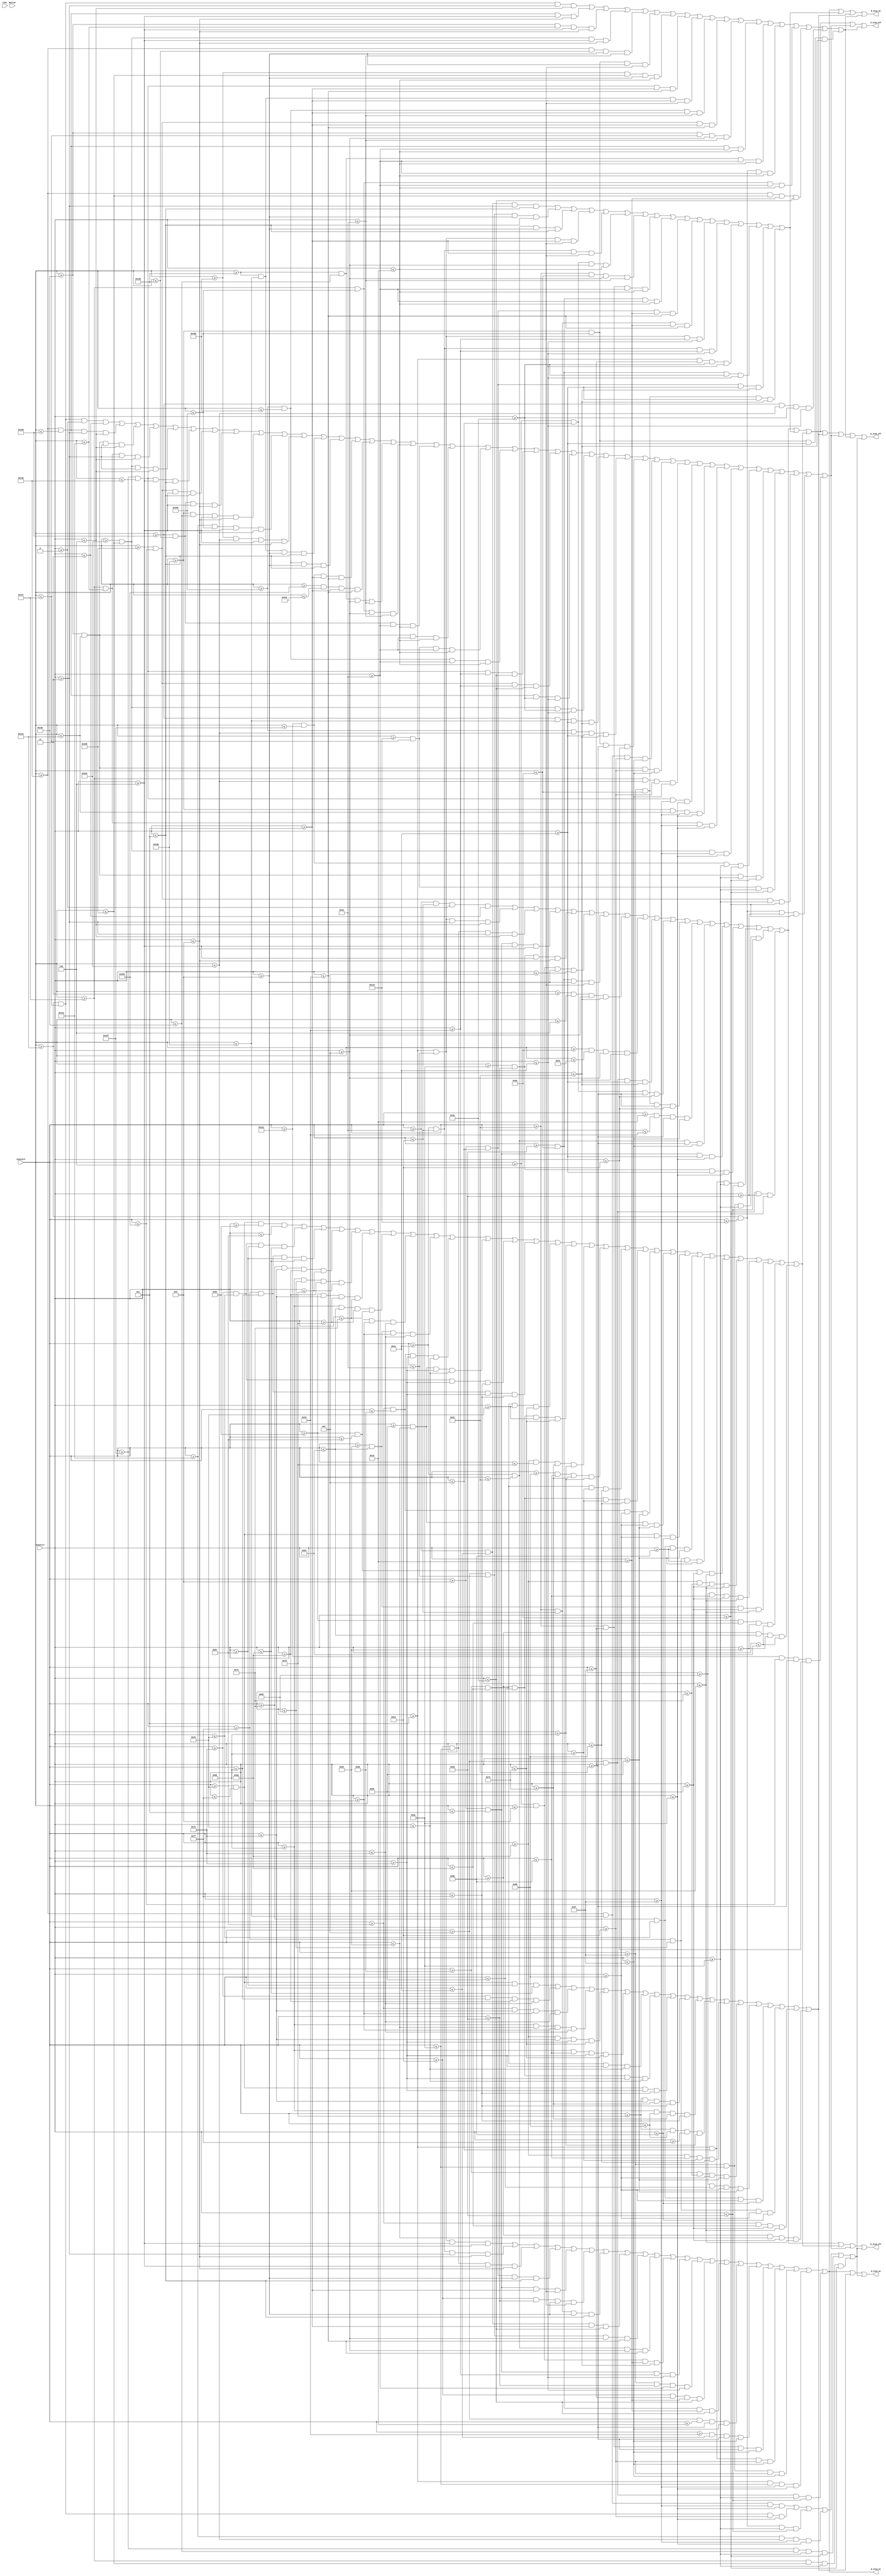
`timescale 1ns / 1ps
//////////////////////////////////////////////////////////////////////////////////
// Company: 
// Engineer: 
// 
// Design Name: 
// Module Name:    DrawItem 
// Project Name: 
// Target Devices: 
// Tool versions: 
// Description: 
//
// Dependencies: 
//
// Revision: 
// Revision 0.01 - File Created
// Additional Comments: 
//
//////////////////////////////////////////////////////////////////////////////////
module DrawItem(input [24:0] Clks,CounterX,CounterY,Button,output reg R_Item_on,G_Item_on,B_Item_on,R_Item_off,G_Item_off,B_Item_off);

reg [15:0] ItemPositionX = 0;
reg [15:0] ItemPositionY = 0;
reg [15:0] StarPositionX = 100;
reg [15:0] StarPositionY = 100;
reg [15:0] ScoreBoardPositionX = 200;
reg [15:0] ScoreBoardPositionY = 0;
reg [15:0] FlowerPositionX = 300;
reg [15:0] FlowerPositionY = 0;


reg MushroomBlack,MushroomRed,MushroomWhite,StarBlack,StarYellow,FlowerBlack,FlowerRed,FlowerGreen;
always @ (CounterX or CounterY)
begin

MushroomBlack <= (CounterX>=ItemPositionX+6*3) && (CounterX<=ItemPositionX+12*3) && (CounterY>=ItemPositionY+0*3) && (CounterY<=ItemPositionY+1*3)

||          (CounterX>=ItemPositionX+4*3) && (CounterX<=ItemPositionX+6*3) && (CounterY>=ItemPositionY+1*3) && (CounterY<=ItemPositionY+2*3)
||          (CounterX>=ItemPositionX+12*3) && (CounterX<=ItemPositionX+14*3) && (CounterY>=ItemPositionY+1*3) && (CounterY<=ItemPositionY+2*3)

||          (CounterX>=ItemPositionX+3*3) && (CounterX<=ItemPositionX+4*3) && (CounterY>=ItemPositionY+2*3) && (CounterY<=ItemPositionY+3*3)
||          (CounterX>=ItemPositionX+14*3) && (CounterX<=ItemPositionX+15*3) && (CounterY>=ItemPositionY+2*3) && (CounterY<=ItemPositionY+3*3)

||          (CounterX>=ItemPositionX+2*3) && (CounterX<=ItemPositionX+3*3) && (CounterY>=ItemPositionY+3*3) && (CounterY<=ItemPositionY+5*3)
||          (CounterX>=ItemPositionX+15*3) && (CounterX<=ItemPositionX+16*3) && (CounterY>=ItemPositionY+3*3) && (CounterY<=ItemPositionY+5*3)

||          (CounterX>=ItemPositionX+1*3) && (CounterX<=ItemPositionX+2*3) && (CounterY>=ItemPositionY+5*3) && (CounterY<=ItemPositionY+11*3)
||          (CounterX>=ItemPositionX+16*3) && (CounterX<=ItemPositionX+17*3) && (CounterY>=ItemPositionY+5*3) && (CounterY<=ItemPositionY+11*3)
||          (CounterX>=ItemPositionX+5*3) && (CounterX<=ItemPositionX+13*3) && (CounterY>=ItemPositionY+10*3) && (CounterY<=ItemPositionY+11*3)

||          (CounterX>=ItemPositionX+2*3) && (CounterX<=ItemPositionX+5*3) && (CounterY>=ItemPositionY+11*3) && (CounterY<=ItemPositionY+12*3)
||          (CounterX>=ItemPositionX+13*3) && (CounterX<=ItemPositionX+16*3) && (CounterY>=ItemPositionY+11*3) && (CounterY<=ItemPositionY+12*3)
||          (CounterX>=ItemPositionX+7*3) && (CounterX<=ItemPositionX+8*3) && (CounterY>=ItemPositionY+11*3) && (CounterY<=ItemPositionY+13*3)
||          (CounterX>=ItemPositionX+10*3) && (CounterX<=ItemPositionX+11*3) && (CounterY>=ItemPositionY+11*3) && (CounterY<=ItemPositionY+13*3)

||          (CounterX>=ItemPositionX+3*3) && (CounterX<=ItemPositionX+4*3) && (CounterY>=ItemPositionY+10*3) && (CounterY<=ItemPositionY+14*3)
||          (CounterX>=ItemPositionX+14*3) && (CounterX<=ItemPositionX+15*3) && (CounterY>=ItemPositionY+10*3) && (CounterY<=ItemPositionY+14*3)

||          (CounterX>=ItemPositionX+4*3) && (CounterX<=ItemPositionX+5*3) && (CounterY>=ItemPositionY+14*3) && (CounterY<=ItemPositionY+15*3)
||          (CounterX>=ItemPositionX+13*3) && (CounterX<=ItemPositionX+14*3) && (CounterY>=ItemPositionY+14*3) && (CounterY<=ItemPositionY+15*3)

||          (CounterX>=ItemPositionX+5*3) && (CounterX<=ItemPositionX+13*3) && (CounterY>=ItemPositionY+15*3) && (CounterY<=ItemPositionY+16*3);

MushroomRed <= (CounterX>=ItemPositionX+6*3) && (CounterX<=ItemPositionX+10*3) && (CounterY>=ItemPositionY+1*3) && (CounterY<=ItemPositionY+4*3)

||          (CounterX>=ItemPositionX+5*3) && (CounterX<=ItemPositionX+6*3) && (CounterY>=ItemPositionY+3*3) && (CounterY<=ItemPositionY+4*3)
||          (CounterX>=ItemPositionX+10*3) && (CounterX<=ItemPositionX+11*3) && (CounterY>=ItemPositionY+3*3) && (CounterY<=ItemPositionY+4*3)

||          (CounterX>=ItemPositionX+4*3) && (CounterX<=ItemPositionX+6*3) && (CounterY>=ItemPositionY+4*3) && (CounterY<=ItemPositionY+5*3)
||          (CounterX>=ItemPositionX+10*3) && (CounterX<=ItemPositionX+12*3) && (CounterY>=ItemPositionY+4*3) && (CounterY<=ItemPositionY+5*3)

||          (CounterX>=ItemPositionX+2*3) && (CounterX<=ItemPositionX+5*3) && (CounterY>=ItemPositionY+5*3) && (CounterY<=ItemPositionY+7*3)
||          (CounterX>=ItemPositionX+11*3) && (CounterX<=ItemPositionX+16*3) && (CounterY>=ItemPositionY+5*3) && (CounterY<=ItemPositionY+6*3)

||          (CounterX>=ItemPositionX+11*3) && (CounterX<=ItemPositionX+13*3) && (CounterY>=ItemPositionY+6*3) && (CounterY<=ItemPositionY+7*3)
||          (CounterX>=ItemPositionX+15*3) && (CounterX<=ItemPositionX+16*3) && (CounterY>=ItemPositionY+6*3) && (CounterY<=ItemPositionY+7*3)

||          (CounterX>=ItemPositionX+3*3) && (CounterX<=ItemPositionX+5*3) && (CounterY>=ItemPositionY+7*3) && (CounterY<=ItemPositionY+8*3)
||          (CounterX>=ItemPositionX+11*3) && (CounterX<=ItemPositionX+12*3) && (CounterY>=ItemPositionY+7*3) && (CounterY<=ItemPositionY+8*3)

||          (CounterX>=ItemPositionX+4*3) && (CounterX<=ItemPositionX+6*3) && (CounterY>=ItemPositionY+8*3) && (CounterY<=ItemPositionY+10*3)
||          (CounterX>=ItemPositionX+10*3) && (CounterX<=ItemPositionX+12*3) && (CounterY>=ItemPositionY+8*3) && (CounterY<=ItemPositionY+10*3)

||          (CounterX>=ItemPositionX+4*3) && (CounterX<=ItemPositionX+13*3) && (CounterY>=ItemPositionY+9*3) && (CounterY<=ItemPositionY+10*3)
||          (CounterX>=ItemPositionX+15*3) && (CounterX<=ItemPositionX+16*3) && (CounterY>=ItemPositionY+9*3) && (CounterY<=ItemPositionY+10*3)

||          (CounterX>=ItemPositionX+3*3) && (CounterX<=ItemPositionX+5*3) && (CounterY>=ItemPositionY+10*3) && (CounterY<=ItemPositionY+11*3)
||          (CounterX>=ItemPositionX+13*3) && (CounterX<=ItemPositionX+16*3) && (CounterY>=ItemPositionY+10*3) && (CounterY<=ItemPositionY+11*3);

MushroomWhite <= (CounterX>=ItemPositionX+4*3) && (CounterX<=ItemPositionX+6*3) && (CounterY>=ItemPositionY+2*3) && (CounterY<=ItemPositionY+3*3)

||          (CounterX>=ItemPositionX+10*3) && (CounterX<=ItemPositionX+12*3) && (CounterY>=ItemPositionY+1*3) && (CounterY<=ItemPositionY+3*3)
||          (CounterX>=ItemPositionX+12*3) && (CounterX<=ItemPositionX+14*3) && (CounterY>=ItemPositionY+2*3) && (CounterY<=ItemPositionY+3*3)

||          (CounterX>=ItemPositionX+3*3) && (CounterX<=ItemPositionX+5*3) && (CounterY>=ItemPositionY+3*3) && (CounterY<=ItemPositionY+4*3)
||          (CounterX>=ItemPositionX+3*3) && (CounterX<=ItemPositionX+4*3) && (CounterY>=ItemPositionY+4*3) && (CounterY<=ItemPositionY+5*3)
||          (CounterX>=ItemPositionX+12*3) && (CounterX<=ItemPositionX+15*3) && (CounterY>=ItemPositionY+3*3) && (CounterY<=ItemPositionY+5*3)
||          (CounterX>=ItemPositionX+11*3) && (CounterX<=ItemPositionX+12*3) && (CounterY>=ItemPositionY+3*3) && (CounterY<=ItemPositionY+4*3)

||          (CounterX>=ItemPositionX+6*3) && (CounterX<=ItemPositionX+10*3) && (CounterY>=ItemPositionY+4*3) && (CounterY<=ItemPositionY+9*3)
||          (CounterX>=ItemPositionX+5*3) && (CounterX<=ItemPositionX+6*3) && (CounterY>=ItemPositionY+5*3) && (CounterY<=ItemPositionY+8*3)
||          (CounterX>=ItemPositionX+10*3) && (CounterX<=ItemPositionX+11*3) && (CounterY>=ItemPositionY+5*3) && (CounterY<=ItemPositionY+8*3)

||          (CounterX>=ItemPositionX+2*3) && (CounterX<=ItemPositionX+3*3) && (CounterY>=ItemPositionY+7*3) && (CounterY<=ItemPositionY+11*3)
||          (CounterX>=ItemPositionX+3*3) && (CounterX<=ItemPositionX+4*3) && (CounterY>=ItemPositionY+8*3) && (CounterY<=ItemPositionY+10*3)

||          (CounterX>=ItemPositionX+13*3) && (CounterX<=ItemPositionX+15*3) && (CounterY>=ItemPositionY+6*3) && (CounterY<=ItemPositionY+10*3)
||          (CounterX>=ItemPositionX+12*3) && (CounterX<=ItemPositionX+13*3) && (CounterY>=ItemPositionY+7*3) && (CounterY<=ItemPositionY+9*3)
||          (CounterX>=ItemPositionX+15*3) && (CounterX<=ItemPositionX+16*3) && (CounterY>=ItemPositionY+7*3) && (CounterY<=ItemPositionY+9*3)

||          (CounterX>=ItemPositionX+5*3) && (CounterX<=ItemPositionX+7*3) && (CounterY>=ItemPositionY+11*3) && (CounterY<=ItemPositionY+13*3)
||          (CounterX>=ItemPositionX+8*3) && (CounterX<=ItemPositionX+10*3) && (CounterY>=ItemPositionY+11*3) && (CounterY<=ItemPositionY+13*3)
||          (CounterX>=ItemPositionX+11*3) && (CounterX<=ItemPositionX+13*3) && (CounterY>=ItemPositionY+11*3) && (CounterY<=ItemPositionY+13*3)
||          (CounterX>=ItemPositionX+4*3) && (CounterX<=ItemPositionX+5*3) && (CounterY>=ItemPositionY+12*3) && (CounterY<=ItemPositionY+13*3)
||          (CounterX>=ItemPositionX+13*3) && (CounterX<=ItemPositionX+14*3) && (CounterY>=ItemPositionY+12*3) && (CounterY<=ItemPositionY+13*3)

||          (CounterX>=ItemPositionX+4*3) && (CounterX<=ItemPositionX+14*3) && (CounterY>=ItemPositionY+13*3) && (CounterY<=ItemPositionY+14*3)
||          (CounterX>=ItemPositionX+5*3) && (CounterX<=ItemPositionX+13*3) && (CounterY>=ItemPositionY+14*3) && (CounterY<=ItemPositionY+15*3);


StarBlack <= (CounterX>=StarPositionX+7*3) && (CounterX<=StarPositionX+9*3) && (CounterY>=StarPositionY+0*3) && (CounterY<=StarPositionY+1*3)
||          (CounterX>=StarPositionX+6*3) && (CounterX<=StarPositionX+7*3) && (CounterY>=StarPositionY+1*3) && (CounterY<=StarPositionY+3*3)
||          (CounterX>=StarPositionX+9*3) && (CounterX<=StarPositionX+10*3) && (CounterY>=StarPositionY+1*3) && (CounterY<=StarPositionY+3*3)
||          (CounterX>=StarPositionX+5*3) && (CounterX<=StarPositionX+6*3) && (CounterY>=StarPositionY+3*3) && (CounterY<=StarPositionY+4*3)
||          (CounterX>=StarPositionX+10*3) && (CounterX<=StarPositionX+11*3) && (CounterY>=StarPositionY+3*3) && (CounterY<=StarPositionY+4*3)
||          (CounterX>=StarPositionX+0*3) && (CounterX<=StarPositionX+6*3) && (CounterY>=StarPositionY+4*3) && (CounterY<=StarPositionY+5*3)
||          (CounterX>=StarPositionX+10*3) && (CounterX<=StarPositionX+16*3) && (CounterY>=StarPositionY+4*3) && (CounterY<=StarPositionY+5*3)
||          (CounterX>=StarPositionX+0*3) && (CounterX<=StarPositionX+1*3) && (CounterY>=StarPositionY+5*3) && (CounterY<=StarPositionY+6*3)
||          (CounterX>=StarPositionX+15*3) && (CounterX<=StarPositionX+16*3) && (CounterY>=StarPositionY+5*3) && (CounterY<=StarPositionY+6*3)
||          (CounterX>=StarPositionX+1*3) && (CounterX<=StarPositionX+2*3) && (CounterY>=StarPositionY+6*3) && (CounterY<=StarPositionY+7*3)
||          (CounterX>=StarPositionX+14*3) && (CounterX<=StarPositionX+15*3) && (CounterY>=StarPositionY+6*3) && (CounterY<=StarPositionY+7*3)
||          (CounterX>=StarPositionX+6*3) && (CounterX<=StarPositionX+7*3) && (CounterY>=StarPositionY+6*3) && (CounterY<=StarPositionY+9*3)
||          (CounterX>=StarPositionX+9*3) && (CounterX<=StarPositionX+10*3) && (CounterY>=StarPositionY+6*3) && (CounterY<=StarPositionY+9*3)
||          (CounterX>=StarPositionX+2*3) && (CounterX<=StarPositionX+3*3) && (CounterY>=StarPositionY+7*3) && (CounterY<=StarPositionY+8*3)
||          (CounterX>=StarPositionX+13*3) && (CounterX<=StarPositionX+14*3) && (CounterY>=StarPositionY+7*3) && (CounterY<=StarPositionY+8*3)
||          (CounterX>=StarPositionX+3*3) && (CounterX<=StarPositionX+4*3) && (CounterY>=StarPositionY+8*3) && (CounterY<=StarPositionY+10*3)
||          (CounterX>=StarPositionX+12*3) && (CounterX<=StarPositionX+13*3) && (CounterY>=StarPositionY+8*3) && (CounterY<=StarPositionY+10*3)
||          (CounterX>=StarPositionX+2*3) && (CounterX<=StarPositionX+3*3) && (CounterY>=StarPositionY+10*3) && (CounterY<=StarPositionY+12*3)
||          (CounterX>=StarPositionX+13*3) && (CounterX<=StarPositionX+14*3) && (CounterY>=StarPositionY+10*3) && (CounterY<=StarPositionY+12*3)
||          (CounterX>=StarPositionX+1*3) && (CounterX<=StarPositionX+2*3) && (CounterY>=StarPositionY+12*3) && (CounterY<=StarPositionY+14*3)
||          (CounterX>=StarPositionX+14*3) && (CounterX<=StarPositionX+15*3) && (CounterY>=StarPositionY+12*3) && (CounterY<=StarPositionY+14*3)
||          (CounterX>=StarPositionX+7*3) && (CounterX<=StarPositionX+9*3) && (CounterY>=StarPositionY+12*3) && (CounterY<=StarPositionY+13*3)
||          (CounterX>=StarPositionX+5*3) && (CounterX<=StarPositionX+7*3) && (CounterY>=StarPositionY+13*3) && (CounterY<=StarPositionY+14*3)
||          (CounterX>=StarPositionX+9*3) && (CounterX<=StarPositionX+11*3) && (CounterY>=StarPositionY+13*3) && (CounterY<=StarPositionY+14*3)
||          (CounterX>=StarPositionX+0*3) && (CounterX<=StarPositionX+1*3) && (CounterY>=StarPositionY+14*3) && (CounterY<=StarPositionY+15*3)
||          (CounterX>=StarPositionX+3*3) && (CounterX<=StarPositionX+5*3) && (CounterY>=StarPositionY+14*3) && (CounterY<=StarPositionY+15*3)
||          (CounterX>=StarPositionX+11*3) && (CounterX<=StarPositionX+13*3) && (CounterY>=StarPositionY+14*3) && (CounterY<=StarPositionY+15*3)
||          (CounterX>=StarPositionX+15*3) && (CounterX<=StarPositionX+16*3) && (CounterY>=StarPositionY+14*3) && (CounterY<=StarPositionY+15*3)
||          (CounterX>=StarPositionX+0*3) && (CounterX<=StarPositionX+3*3) && (CounterY>=StarPositionY+15*3) && (CounterY<=StarPositionY+16*3)
||          (CounterX>=StarPositionX+13*3) && (CounterX<=StarPositionX+16*3) && (CounterY>=StarPositionY+15*3) && (CounterY<=StarPositionY+16*3);
StarYellow <= (CounterX>=StarPositionX+7*3) && (CounterX<=StarPositionX+9*3) && (CounterY>=StarPositionY+1*3) && (CounterY<=StarPositionY+3*3)

||          (CounterX>=StarPositionX+6*3) && (CounterX<=StarPositionX+10*3) && (CounterY>=StarPositionY+3*3) && (CounterY<=StarPositionY+6*3)
||          (CounterX>=StarPositionX+1*3) && (CounterX<=StarPositionX+6*3) && (CounterY>=StarPositionY+5*3) && (CounterY<=StarPositionY+6*3)
||          (CounterX>=StarPositionX+10*3) && (CounterX<=StarPositionX+15*3) && (CounterY>=StarPositionY+5*3) && (CounterY<=StarPositionY+6*3)

||          (CounterX>=StarPositionX+3*3) && (CounterX<=StarPositionX+6*3) && (CounterY>=StarPositionY+6*3) && (CounterY<=StarPositionY+8*3)
||          (CounterX>=StarPositionX+10*3) && (CounterX<=StarPositionX+13*3) && (CounterY>=StarPositionY+6*3) && (CounterY<=StarPositionY+8*3)
||          (CounterX>=StarPositionX+2*3) && (CounterX<=StarPositionX+3*3) && (CounterY>=StarPositionY+6*3) && (CounterY<=StarPositionY+7*3)
||          (CounterX>=StarPositionX+13*3) && (CounterX<=StarPositionX+14*3) && (CounterY>=StarPositionY+6*3) && (CounterY<=StarPositionY+7*3)

||          (CounterX>=StarPositionX+7*3) && (CounterX<=StarPositionX+9*3) && (CounterY>=StarPositionY+6*3) && (CounterY<=StarPositionY+9*3)
||          (CounterX>=StarPositionX+4*3) && (CounterX<=StarPositionX+6*3) && (CounterY>=StarPositionY+8*3) && (CounterY<=StarPositionY+9*3)
||          (CounterX>=StarPositionX+10*3) && (CounterX<=StarPositionX+12*3) && (CounterY>=StarPositionY+8*3) && (CounterY<=StarPositionY+9*3)

||          (CounterX>=StarPositionX+4*3) && (CounterX<=StarPositionX+12*3) && (CounterY>=StarPositionY+9*3) && (CounterY<=StarPositionY+10*3)
||          (CounterX>=StarPositionX+3*3) && (CounterX<=StarPositionX+13*3) && (CounterY>=StarPositionY+10*3) && (CounterY<=StarPositionY+12*3)

||          (CounterX>=StarPositionX+2*3) && (CounterX<=StarPositionX+5*3) && (CounterY>=StarPositionY+12*3) && (CounterY<=StarPositionY+14*3)
||          (CounterX>=StarPositionX+11*3) && (CounterX<=StarPositionX+14*3) && (CounterY>=StarPositionY+12*3) && (CounterY<=StarPositionY+14*3)
||          (CounterX>=StarPositionX+5*3) && (CounterX<=StarPositionX+7*3) && (CounterY>=StarPositionY+12*3) && (CounterY<=StarPositionY+13*3)
||          (CounterX>=StarPositionX+9*3) && (CounterX<=StarPositionX+11*3) && (CounterY>=StarPositionY+12*3) && (CounterY<=StarPositionY+13*3)

||          (CounterX>=StarPositionX+1*3) && (CounterX<=StarPositionX+3*3) && (CounterY>=StarPositionY+14*3) && (CounterY<=StarPositionY+15*3)
||          (CounterX>=StarPositionX+13*3) && (CounterX<=StarPositionX+15*3) && (CounterY>=StarPositionY+14*3) && (CounterY<=StarPositionY+15*3);

FlowerBlack <= (CounterX>=FlowerPositionX+7*3) && (CounterX<=FlowerPositionX+9*3) && (CounterY>=FlowerPositionY+0*3) && (CounterY<=FlowerPositionY+1*3)

||          (CounterX>=FlowerPositionX+2*3) && (CounterX<=FlowerPositionX+3*3) && (CounterY>=FlowerPositionY+1*3) && (CounterY<=FlowerPositionY+2*3)
||          (CounterX>=FlowerPositionX+6*3) && (CounterX<=FlowerPositionX+7*3) && (CounterY>=FlowerPositionY+1*3) && (CounterY<=FlowerPositionY+2*3)
||          (CounterX>=FlowerPositionX+9*3) && (CounterX<=FlowerPositionX+10*3) && (CounterY>=FlowerPositionY+1*3) && (CounterY<=FlowerPositionY+2*3)
||          (CounterX>=FlowerPositionX+13*3) && (CounterX<=FlowerPositionX+14*3) && (CounterY>=FlowerPositionY+1*3) && (CounterY<=FlowerPositionY+2*3)

||          (CounterX>=FlowerPositionX+1*3) && (CounterX<=FlowerPositionX+2*3) && (CounterY>=FlowerPositionY+2*3) && (CounterY<=FlowerPositionY+4*3)
||          (CounterX>=FlowerPositionX+14*3) && (CounterX<=FlowerPositionX+15*3) && (CounterY>=FlowerPositionY+2*3) && (CounterY<=FlowerPositionY+4*3)

||          (CounterX>=FlowerPositionX+3*3) && (CounterX<=FlowerPositionX+4*3) && (CounterY>=FlowerPositionY+2*3) && (CounterY<=FlowerPositionY+3*3)
||          (CounterX>=FlowerPositionX+5*3) && (CounterX<=FlowerPositionX+6*3) && (CounterY>=FlowerPositionY+2*3) && (CounterY<=FlowerPositionY+3*3)
||          (CounterX>=FlowerPositionX+10*3) && (CounterX<=FlowerPositionX+11*3) && (CounterY>=FlowerPositionY+2*3) && (CounterY<=FlowerPositionY+3*3)
||          (CounterX>=FlowerPositionX+12*3) && (CounterX<=FlowerPositionX+13*3) && (CounterY>=FlowerPositionY+2*3) && (CounterY<=FlowerPositionY+3*3)
||          (CounterX>=FlowerPositionX+4*3) && (CounterX<=FlowerPositionX+5*3) && (CounterY>=FlowerPositionY+3*3) && (CounterY<=FlowerPositionY+4*3)
||          (CounterX>=FlowerPositionX+11*3) && (CounterX<=FlowerPositionX+12*3) && (CounterY>=FlowerPositionY+3*3) && (CounterY<=FlowerPositionY+4*3)

||          (CounterX>=FlowerPositionX+0*3) && (CounterX<=FlowerPositionX+1*3) && (CounterY>=FlowerPositionY+4*3) && (CounterY<=FlowerPositionY+8*3)
||          (CounterX>=FlowerPositionX+15*3) && (CounterX<=FlowerPositionX+16*3) && (CounterY>=FlowerPositionY+4*3) && (CounterY<=FlowerPositionY+8*3)

||          (CounterX>=FlowerPositionX+4*3) && (CounterX<=FlowerPositionX+6*3) && (CounterY>=FlowerPositionY+5*3) && (CounterY<=FlowerPositionY+6*3)
||          (CounterX>=FlowerPositionX+9*3) && (CounterX<=FlowerPositionX+11*3) && (CounterY>=FlowerPositionY+5*3) && (CounterY<=FlowerPositionY+6*3)

||          (CounterX>=FlowerPositionX+3*3) && (CounterX<=FlowerPositionX+4*3) && (CounterY>=FlowerPositionY+6*3) && (CounterY<=FlowerPositionY+7*3)
||          (CounterX>=FlowerPositionX+6*3) && (CounterX<=FlowerPositionX+7*3) && (CounterY>=FlowerPositionY+6*3) && (CounterY<=FlowerPositionY+7*3)
||          (CounterX>=FlowerPositionX+8*3) && (CounterX<=FlowerPositionX+9*3) && (CounterY>=FlowerPositionY+6*3) && (CounterY<=FlowerPositionY+7*3)
||          (CounterX>=FlowerPositionX+11*3) && (CounterX<=FlowerPositionX+12*3) && (CounterY>=FlowerPositionY+6*3) && (CounterY<=FlowerPositionY+7*3)

||          (CounterX>=FlowerPositionX+1*3) && (CounterX<=FlowerPositionX+2*3) && (CounterY>=FlowerPositionY+8*3) && (CounterY<=FlowerPositionY+9*3)
||          (CounterX>=FlowerPositionX+14*3) && (CounterX<=FlowerPositionX+15*3) && (CounterY>=FlowerPositionY+8*3) && (CounterY<=FlowerPositionY+9*3)

||          (CounterX>=FlowerPositionX+2*3) && (CounterX<=FlowerPositionX+3*3) && (CounterY>=FlowerPositionY+9*3) && (CounterY<=FlowerPositionY+10*3)
||          (CounterX>=FlowerPositionX+13*3) && (CounterX<=FlowerPositionX+14*3) && (CounterY>=FlowerPositionY+9*3) && (CounterY<=FlowerPositionY+10*3)

||          (CounterX>=FlowerPositionX+3*3) && (CounterX<=FlowerPositionX+5*3) && (CounterY>=FlowerPositionY+10*3) && (CounterY<=FlowerPositionY+11*3)
||          (CounterX>=FlowerPositionX+11*3) && (CounterX<=FlowerPositionX+13*3) && (CounterY>=FlowerPositionY+10*3) && (CounterY<=FlowerPositionY+11*3)

||          (CounterX>=FlowerPositionX+5*3) && (CounterX<=FlowerPositionX+11*3) && (CounterY>=FlowerPositionY+11*3) && (CounterY<=FlowerPositionY+12*3)

||          (CounterX>=FlowerPositionX+2*3) && (CounterX<=FlowerPositionX+5*3) && (CounterY>=FlowerPositionY+12*3) && (CounterY<=FlowerPositionY+13*3)
||          (CounterX>=FlowerPositionX+6*3) && (CounterX<=FlowerPositionX+7*3) && (CounterY>=FlowerPositionY+12*3) && (CounterY<=FlowerPositionY+13*3)
||          (CounterX>=FlowerPositionX+9*3) && (CounterX<=FlowerPositionX+13*3) && (CounterY>=FlowerPositionY+12*3) && (CounterY<=FlowerPositionY+13*3)

||          (CounterX>=FlowerPositionX+1*3) && (CounterX<=FlowerPositionX+2*3) && (CounterY>=FlowerPositionY+13*3) && (CounterY<=FlowerPositionY+14*3)
||          (CounterX>=FlowerPositionX+5*3) && (CounterX<=FlowerPositionX+7*3) && (CounterY>=FlowerPositionY+13*3) && (CounterY<=FlowerPositionY+14*3)
||          (CounterX>=FlowerPositionX+9*3) && (CounterX<=FlowerPositionX+10*3) && (CounterY>=FlowerPositionY+13*3) && (CounterY<=FlowerPositionY+14*3)
||          (CounterX>=FlowerPositionX+13*3) && (CounterX<=FlowerPositionX+14*3) && (CounterY>=FlowerPositionY+13*3) && (CounterY<=FlowerPositionY+14*3)

||          (CounterX>=FlowerPositionX+0*3) && (CounterX<=FlowerPositionX+1*3) && (CounterY>=FlowerPositionY+14*3) && (CounterY<=FlowerPositionY+16*3)
||          (CounterX>=FlowerPositionX+6*3) && (CounterX<=FlowerPositionX+7*3) && (CounterY>=FlowerPositionY+14*3) && (CounterY<=FlowerPositionY+16*3)
||          (CounterX>=FlowerPositionX+8*3) && (CounterX<=FlowerPositionX+9*3) && (CounterY>=FlowerPositionY+14*3) && (CounterY<=FlowerPositionY+16*3)
||          (CounterX>=FlowerPositionX+14*3) && (CounterX<=FlowerPositionX+15*3) && (CounterY>=FlowerPositionY+14*3) && (CounterY<=FlowerPositionY+16*3)
||          (CounterX>=FlowerPositionX+7*3) && (CounterX<=FlowerPositionX+8*3) && (CounterY>=FlowerPositionY+15*3) && (CounterY<=FlowerPositionY+16*3)

||          (CounterX>=FlowerPositionX+0*3) && (CounterX<=FlowerPositionX+15*3) && (CounterY>=FlowerPositionY+11*3) && (CounterY<=FlowerPositionY+12*3);

FlowerRed <= (CounterX>=FlowerPositionX+7*3) && (CounterX<=FlowerPositionX+9*3) && (CounterY>=FlowerPositionY+1*3) && (CounterY<=FlowerPositionY+2*3)

||          (CounterX>=FlowerPositionX+2*3) && (CounterX<=FlowerPositionX+3*3) && (CounterY>=FlowerPositionY+2*3) && (CounterY<=FlowerPositionY+3*3)
||          (CounterX>=FlowerPositionX+6*3) && (CounterX<=FlowerPositionX+10*3) && (CounterY>=FlowerPositionY+2*3) && (CounterY<=FlowerPositionY+3*3)
||          (CounterX>=FlowerPositionX+13*3) && (CounterX<=FlowerPositionX+14*3) && (CounterY>=FlowerPositionY+2*3) && (CounterY<=FlowerPositionY+3*3)

||          (CounterX>=FlowerPositionX+2*3) && (CounterX<=FlowerPositionX+4*3) && (CounterY>=FlowerPositionY+3*3) && (CounterY<=FlowerPositionY+6*3)
||          (CounterX>=FlowerPositionX+5*3) && (CounterX<=FlowerPositionX+11*3) && (CounterY>=FlowerPositionY+3*3) && (CounterY<=FlowerPositionY+5*3)
||          (CounterX>=FlowerPositionX+12*3) && (CounterX<=FlowerPositionX+14*3) && (CounterY>=FlowerPositionY+3*3) && (CounterY<=FlowerPositionY+7*3)

||          (CounterX>=FlowerPositionX+1*3) && (CounterX<=FlowerPositionX+2*3) && (CounterY>=FlowerPositionY+4*3) && (CounterY<=FlowerPositionY+8*3)
||          (CounterX>=FlowerPositionX+4*3) && (CounterX<=FlowerPositionX+5*3) && (CounterY>=FlowerPositionY+4*3) && (CounterY<=FlowerPositionY+5*3)
||          (CounterX>=FlowerPositionX+11*3) && (CounterX<=FlowerPositionX+12*3) && (CounterY>=FlowerPositionY+4*3) && (CounterY<=FlowerPositionY+6*3)
||          (CounterX>=FlowerPositionX+14*3) && (CounterX<=FlowerPositionX+15*3) && (CounterY>=FlowerPositionY+4*3) && (CounterY<=FlowerPositionY+8*3)

||          (CounterX>=FlowerPositionX+6*3) && (CounterX<=FlowerPositionX+9*3) && (CounterY>=FlowerPositionY+5*3) && (CounterY<=FlowerPositionY+6*3)
||          (CounterX>=FlowerPositionX+2*3) && (CounterX<=FlowerPositionX+3*3) && (CounterY>=FlowerPositionY+6*3) && (CounterY<=FlowerPositionY+7*3)
||          (CounterX>=FlowerPositionX+4*3) && (CounterX<=FlowerPositionX+6*3) && (CounterY>=FlowerPositionY+6*3) && (CounterY<=FlowerPositionY+7*3)
||          (CounterX>=FlowerPositionX+7*3) && (CounterX<=FlowerPositionX+8*3) && (CounterY>=FlowerPositionY+6*3) && (CounterY<=FlowerPositionY+7*3)
||          (CounterX>=FlowerPositionX+9*3) && (CounterX<=FlowerPositionX+11*3) && (CounterY>=FlowerPositionY+6*3) && (CounterY<=FlowerPositionY+7*3)

||          (CounterX>=FlowerPositionX+2*3) && (CounterX<=FlowerPositionX+14*3) && (CounterY>=FlowerPositionY+7*3) && (CounterY<=FlowerPositionY+9*3)
||          (CounterX>=FlowerPositionX+3*3) && (CounterX<=FlowerPositionX+13*3) && (CounterY>=FlowerPositionY+9*3) && (CounterY<=FlowerPositionY+10*3)
||          (CounterX>=FlowerPositionX+5*3) && (CounterX<=FlowerPositionX+11*3) && (CounterY>=FlowerPositionY+10*3) && (CounterY<=FlowerPositionY+11*3);

FlowerGreen <= (CounterX>=FlowerPositionX+2*3) && (CounterX<=FlowerPositionX+5*3) && (CounterY>=FlowerPositionY+13*3) && (CounterY<=FlowerPositionY+14*3)

||	    	(CounterX>=FlowerPositionX+7*3) && (CounterX<=FlowerPositionX+9*3) && (CounterY>=FlowerPositionY+12*3) && (CounterY<=FlowerPositionY+14*3)
||          (CounterX>=FlowerPositionX+7*3) && (CounterX<=FlowerPositionX+8*3) && (CounterY>=FlowerPositionY+14*3) && (CounterY<=FlowerPositionY+15*3)

||          (CounterX>=FlowerPositionX+10*3) && (CounterX<=FlowerPositionX+13*3) && (CounterY>=FlowerPositionY+13*3) && (CounterY<=FlowerPositionY+14*3)

||          (CounterX>=FlowerPositionX+1*3) && (CounterX<=FlowerPositionX+6*3) && (CounterY>=FlowerPositionY+14*3) && (CounterY<=FlowerPositionY+16*3)
||          (CounterX>=FlowerPositionX+9*3) && (CounterX<=FlowerPositionX+14*3) && (CounterY>=FlowerPositionY+14*3) && (CounterY<=FlowerPositionY+16*3);



R_Item_on = MushroomWhite | MushroomRed | StarYellow | FlowerRed;
G_Item_on =	MushroomWhite | StarYellow | FlowerGreen;
B_Item_on =	MushroomWhite;

R_Item_off = MushroomBlack | StarBlack | FlowerBlack | FlowerGreen ;
G_Item_off = MushroomBlack | MushroomRed | StarBlack | FlowerBlack | FlowerRed;
B_Item_off = MushroomBlack | MushroomRed | StarBlack | StarYellow | FlowerBlack | FlowerRed | FlowerGreen ;

end
endmodule